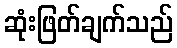
ဆုံးဖြတ်ချက်သည်